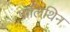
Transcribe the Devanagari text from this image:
पॉलिथिन